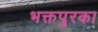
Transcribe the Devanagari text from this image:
भक्तपुरका